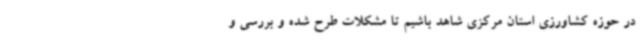
در حوزه کشاورزی استان مرکزی شاهد باشیم تا مشکلات طرح شده و بررسی و